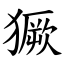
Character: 獗